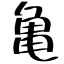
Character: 亀